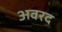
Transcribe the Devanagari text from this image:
अवरद